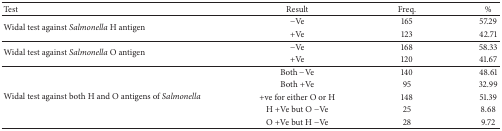
| Test | Result | Freq. | % |
 | --- | --- | --- | --- |
 | <ROWSPAN=2> Widal test against Salmonella H antigen | −Ve | 165 | 57.29 |
 | +Ve | 123 | 42.71 |
 | <ROWSPAN=2> Widal test against Salmonella O antigen | −Ve | 168 | 58.33 |
 | +Ve | 120 | 41.67 |
 | <ROWSPAN=5> Widal test against both H and O antigens of Salmonella | Both −Ve | 140 | 48.61 |
 | Both +Ve | 95 | 32.99 |
 | +ve for either O or H | 148 | 51.39 |
 | H +Ve but O −Ve | 25 | 8.68 |
 | O +Ve but H −Ve | 28 | 9.72 |